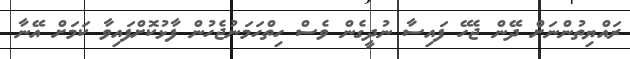
ރައްޔިތުންނަށް ދޭން ޖެހޭ ފައިސާ ނުދީގެން ވެސް ހިތްހަމަނުޖެހުން ފާޅުކޮށްފައިވާ ކަމަށް އޭނާ